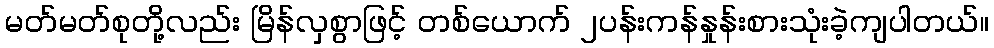
မတ်မတ်စုတို့လည်း မြိန်လှစွာဖြင့် တစ်ယောက် ၂ပန်းကန်နှုန်းစားသုံးခဲ့ကျပါတယ်။